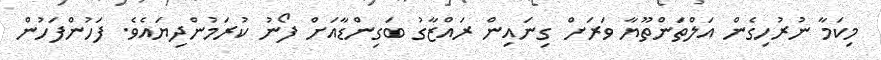
މިކަމާ ނުރުހިގެން އަލްތަންތޫޔާ ވަރަށް ގިނައިން ރައްޒާގު ބަގިންޑާއަށް ފޯނު ކުރަމުންދިޔައެވެ. ފަހުންފަހުން